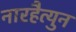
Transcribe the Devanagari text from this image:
नारहैत्युन